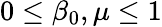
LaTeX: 0\leq\beta_{0},\mu\leq 1